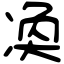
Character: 𠗫